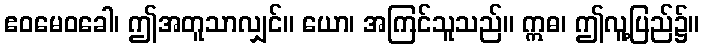
ဧဝမေဝခေါ၊ ဤအတူသာလျှင်။ ယော၊ အကြင်သူသည်။ ဣဓ၊ ဤလူ့ပြည်၌။